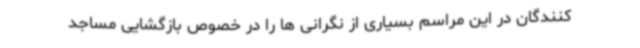
کنندگان در این مراسم بسیاری از نگرانی ها را در خصوص بازگشایی مساجد